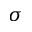
\sigma